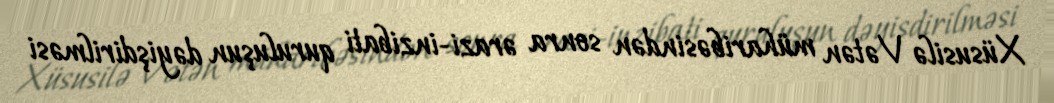
Xüsusilə Vətən müharibəsindən sonra ərazi-inzibati quruluşun dəyişdirilməsi